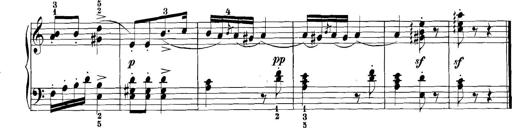
Title: 3 Sonatinas
Composer: Carl Reinecke